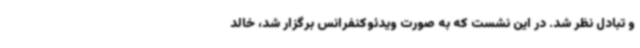
و تبادل نظر شد. در این نشست که به صورت ویدئوکنفرانس برگزار شد، خالد